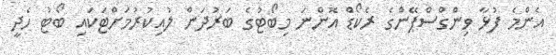
އެންމެ ފުޅާ ވިންގްސްޕޭންގެ ރެކޯޑް އޮންނަ މިބޯޓުގެ ބަރުދަން ލުއިކުރުމަށްޓަކައި ބޯޓު ހެދީ